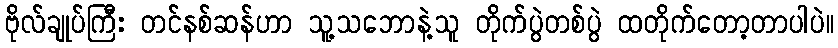
ဗိုလ်ချုပ်ကြီး တင်နစ်ဆန်ဟာ သူ့သဘောနဲ့သူ တိုက်ပွဲတစ်ပွဲ ထတိုက်တော့တာပါပဲ။